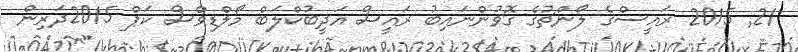
21